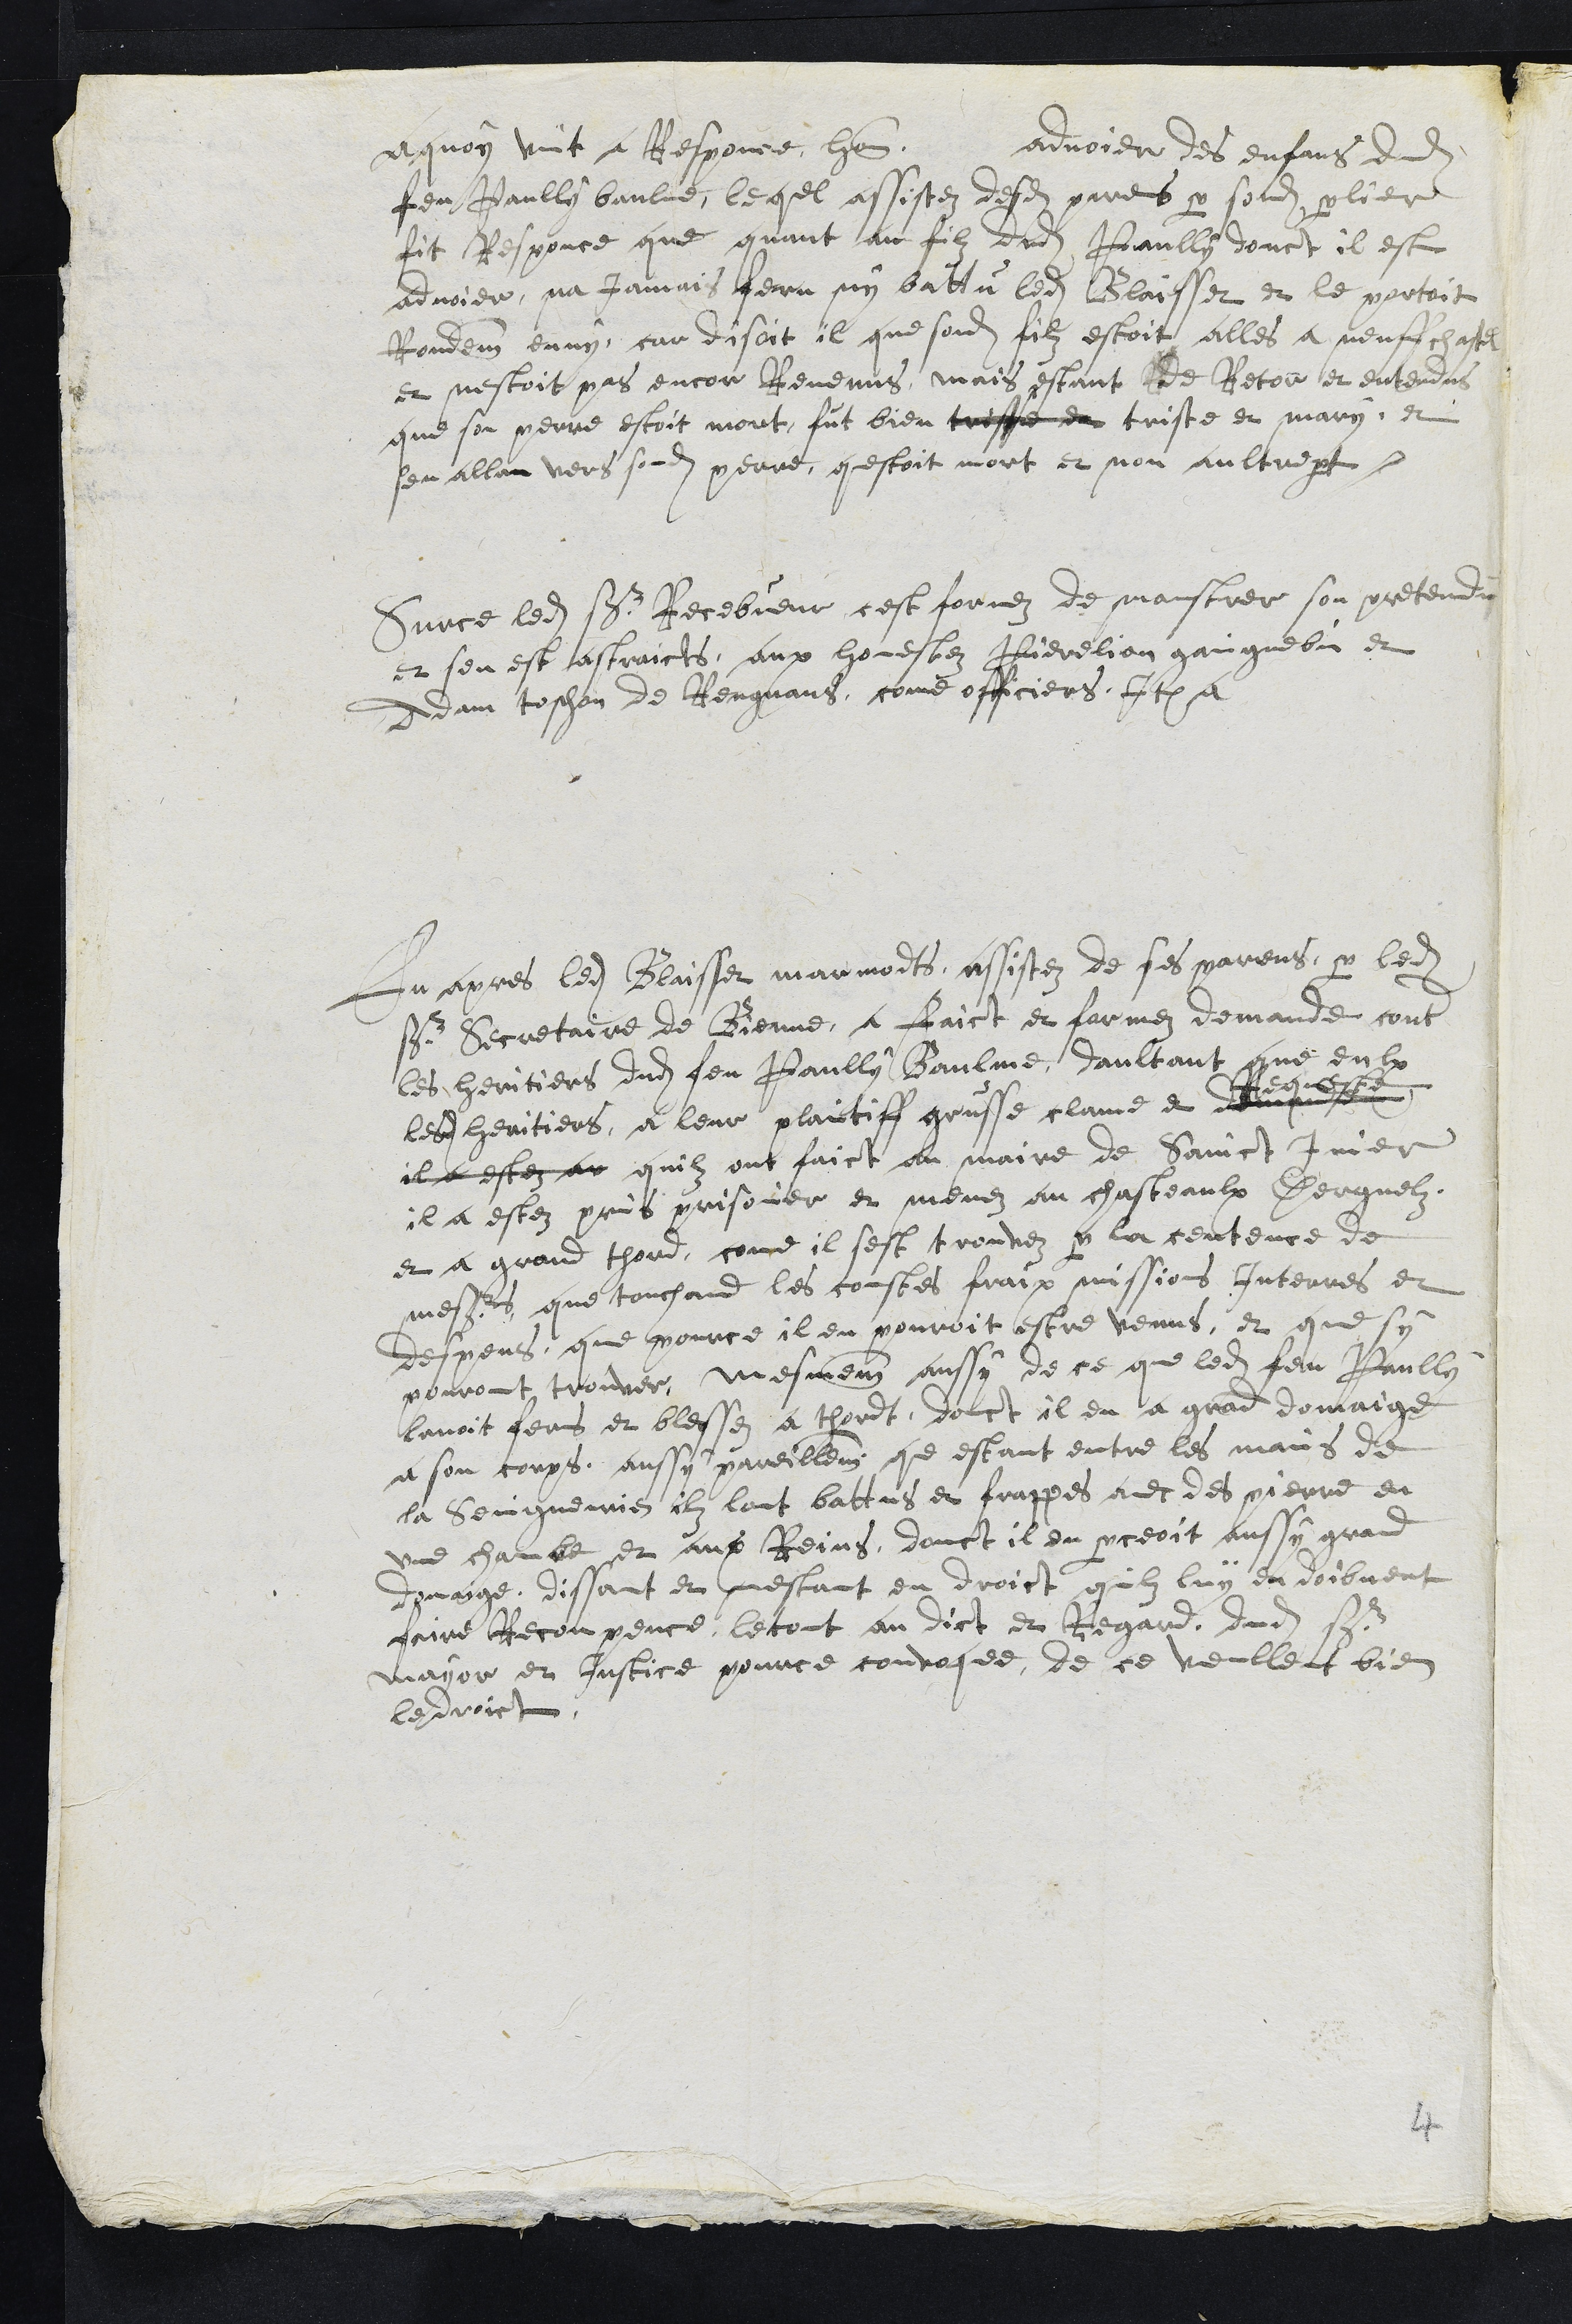
a quoy vint a Responce hon. advoier des enfans dudit
feu Paully baulme, lequel assistez desdits parens par sondit parlier
fit Responce que quant au filz dudit Paully dont il est
advoier na jamais feru ny battu ledit Blaisset et le portoit
Rondement deny, car disoit il que sondit filz estoit alles a neuffchastel
et nestoit pas encor Revenus, mais estant de Retour et entendus
que son perre estoit mort, fut bien trisse de triste et mary, et
sen alla vers sondit perre questoit mort et non aultre part.
Sur ce ledit sieur Recebveur cest formez de monstrer son pretendu
et sen est astraicts, aux honestez Pierelion gaingnebin et
Adam toschon de Rengnans, come officiers, Item a
En apres ledit Blaisset marmodts assistez de ses parens par ledit
sr Secretaire de Bienne, a faict et formez demande contre
les heritiers dudit feu Paully Baulme daultant que eulx
lesdits heritiers, a leur plaintiff grusse clame et demande
Requeste
il a estez au quilz ont faict au maire de Sainct Imier
il a estez prins prisonier et menez au chasteaulx Derguelz
et a grand thord, come il sest trouvez par la centence de
messrs que touchand les coustes fraix missions Interres et
despens, que pource il en pouroit estre venus, et que sy
pouront trouver, mesmement aussy de ce que ledit feu Paully
lavoit ferus et blessez a tordt, donct il en a grand domaige
a son corps, aussy pareillement que estant entre les mains de
la Seingneurie ilz lont battus et frappes avec des pierre en
une chambe et aux Reins, donct il en perceoit aussy grand
domaige, dissant et mestant en droict quilz luy en doibvent
faire Reconpence, le tout au dict et Regard dudit sr
mayor et Justice pource convoquee, de ce veullent bien
le droict.
4